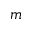
m